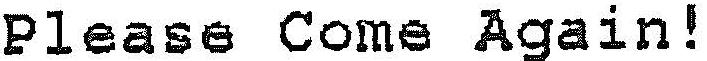
PLEASE COME AGAIN!